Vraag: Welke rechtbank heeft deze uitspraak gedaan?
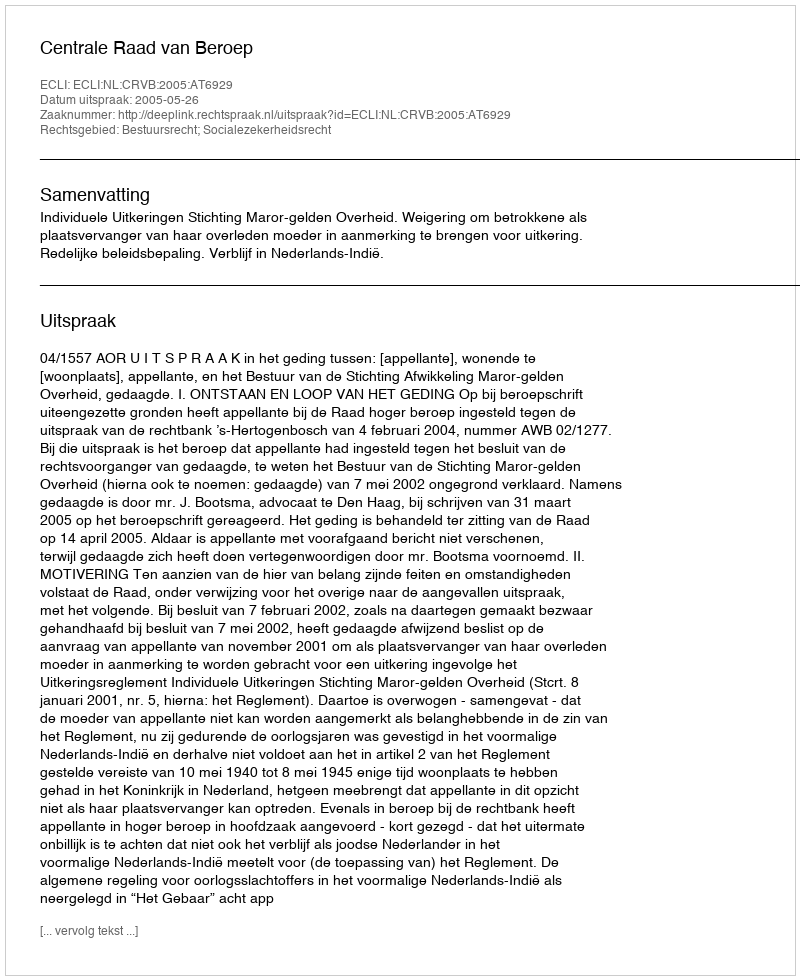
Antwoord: Centrale Raad van Beroep